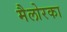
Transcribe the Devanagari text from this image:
मैलोरका